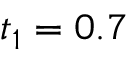
t _ { 1 } = 0 . 7